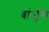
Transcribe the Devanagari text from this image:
बांजूंस